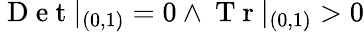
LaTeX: \mathrm{~D~e~t~}|_{(0,1)}=0\land\mathrm{~T~r~}|_{(0,1)}>0